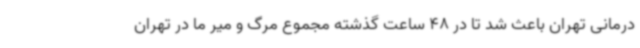
درمانی تهران باعث شد تا در 48 ساعت گذشته مجموع مرگ و میر ما در تهران